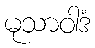
မုသာဝါဒံ